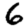
Digit: 6